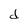
Character: d